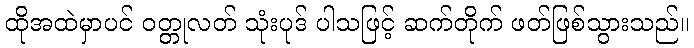
ထိုအထဲမှာပင် ဝတ္တုလတ် သုံးပုဒ် ပါသဖြင့် ဆက်တိုက် ဖတ်ဖြစ်သွားသည်။